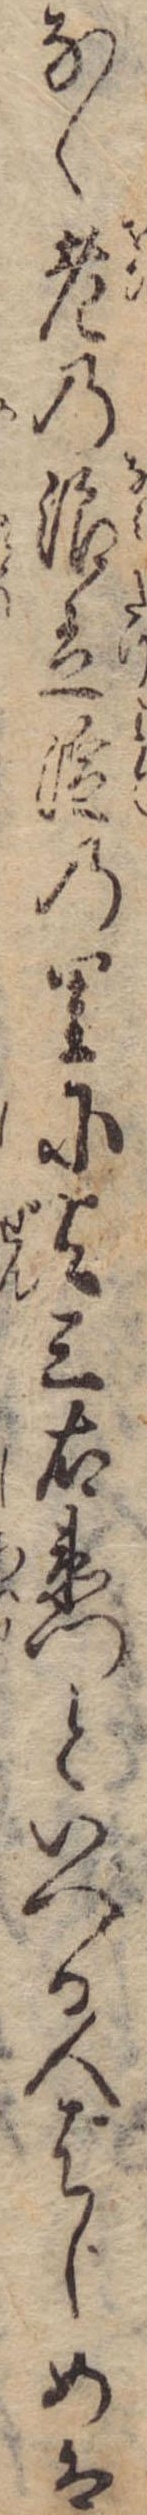
なく老の浪立淀の里に与三右衛門といへる人はしめは